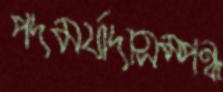
পদমর্যাদাসম্পন্ন